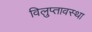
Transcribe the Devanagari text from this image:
विलुप्‍तावस्‍था